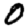
Digit: 0